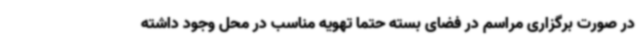
در صورت برگزاری مراسم در فضای بسته حتماً تهویه مناسب در محل وجود داشته